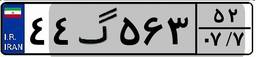
۴۴گ۵۶۳۵۲